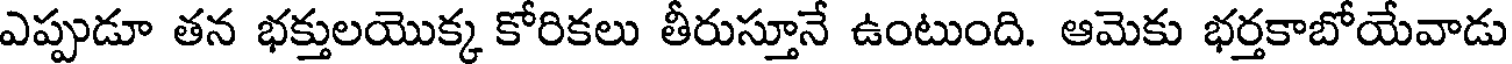
ఎప్పుడూ తన భక్తులయొక్క కోరికలు తీరుస్తూనే ఉంటుంది. ఆమెకు భర్తకాబోయేవాడు